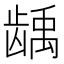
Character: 龋